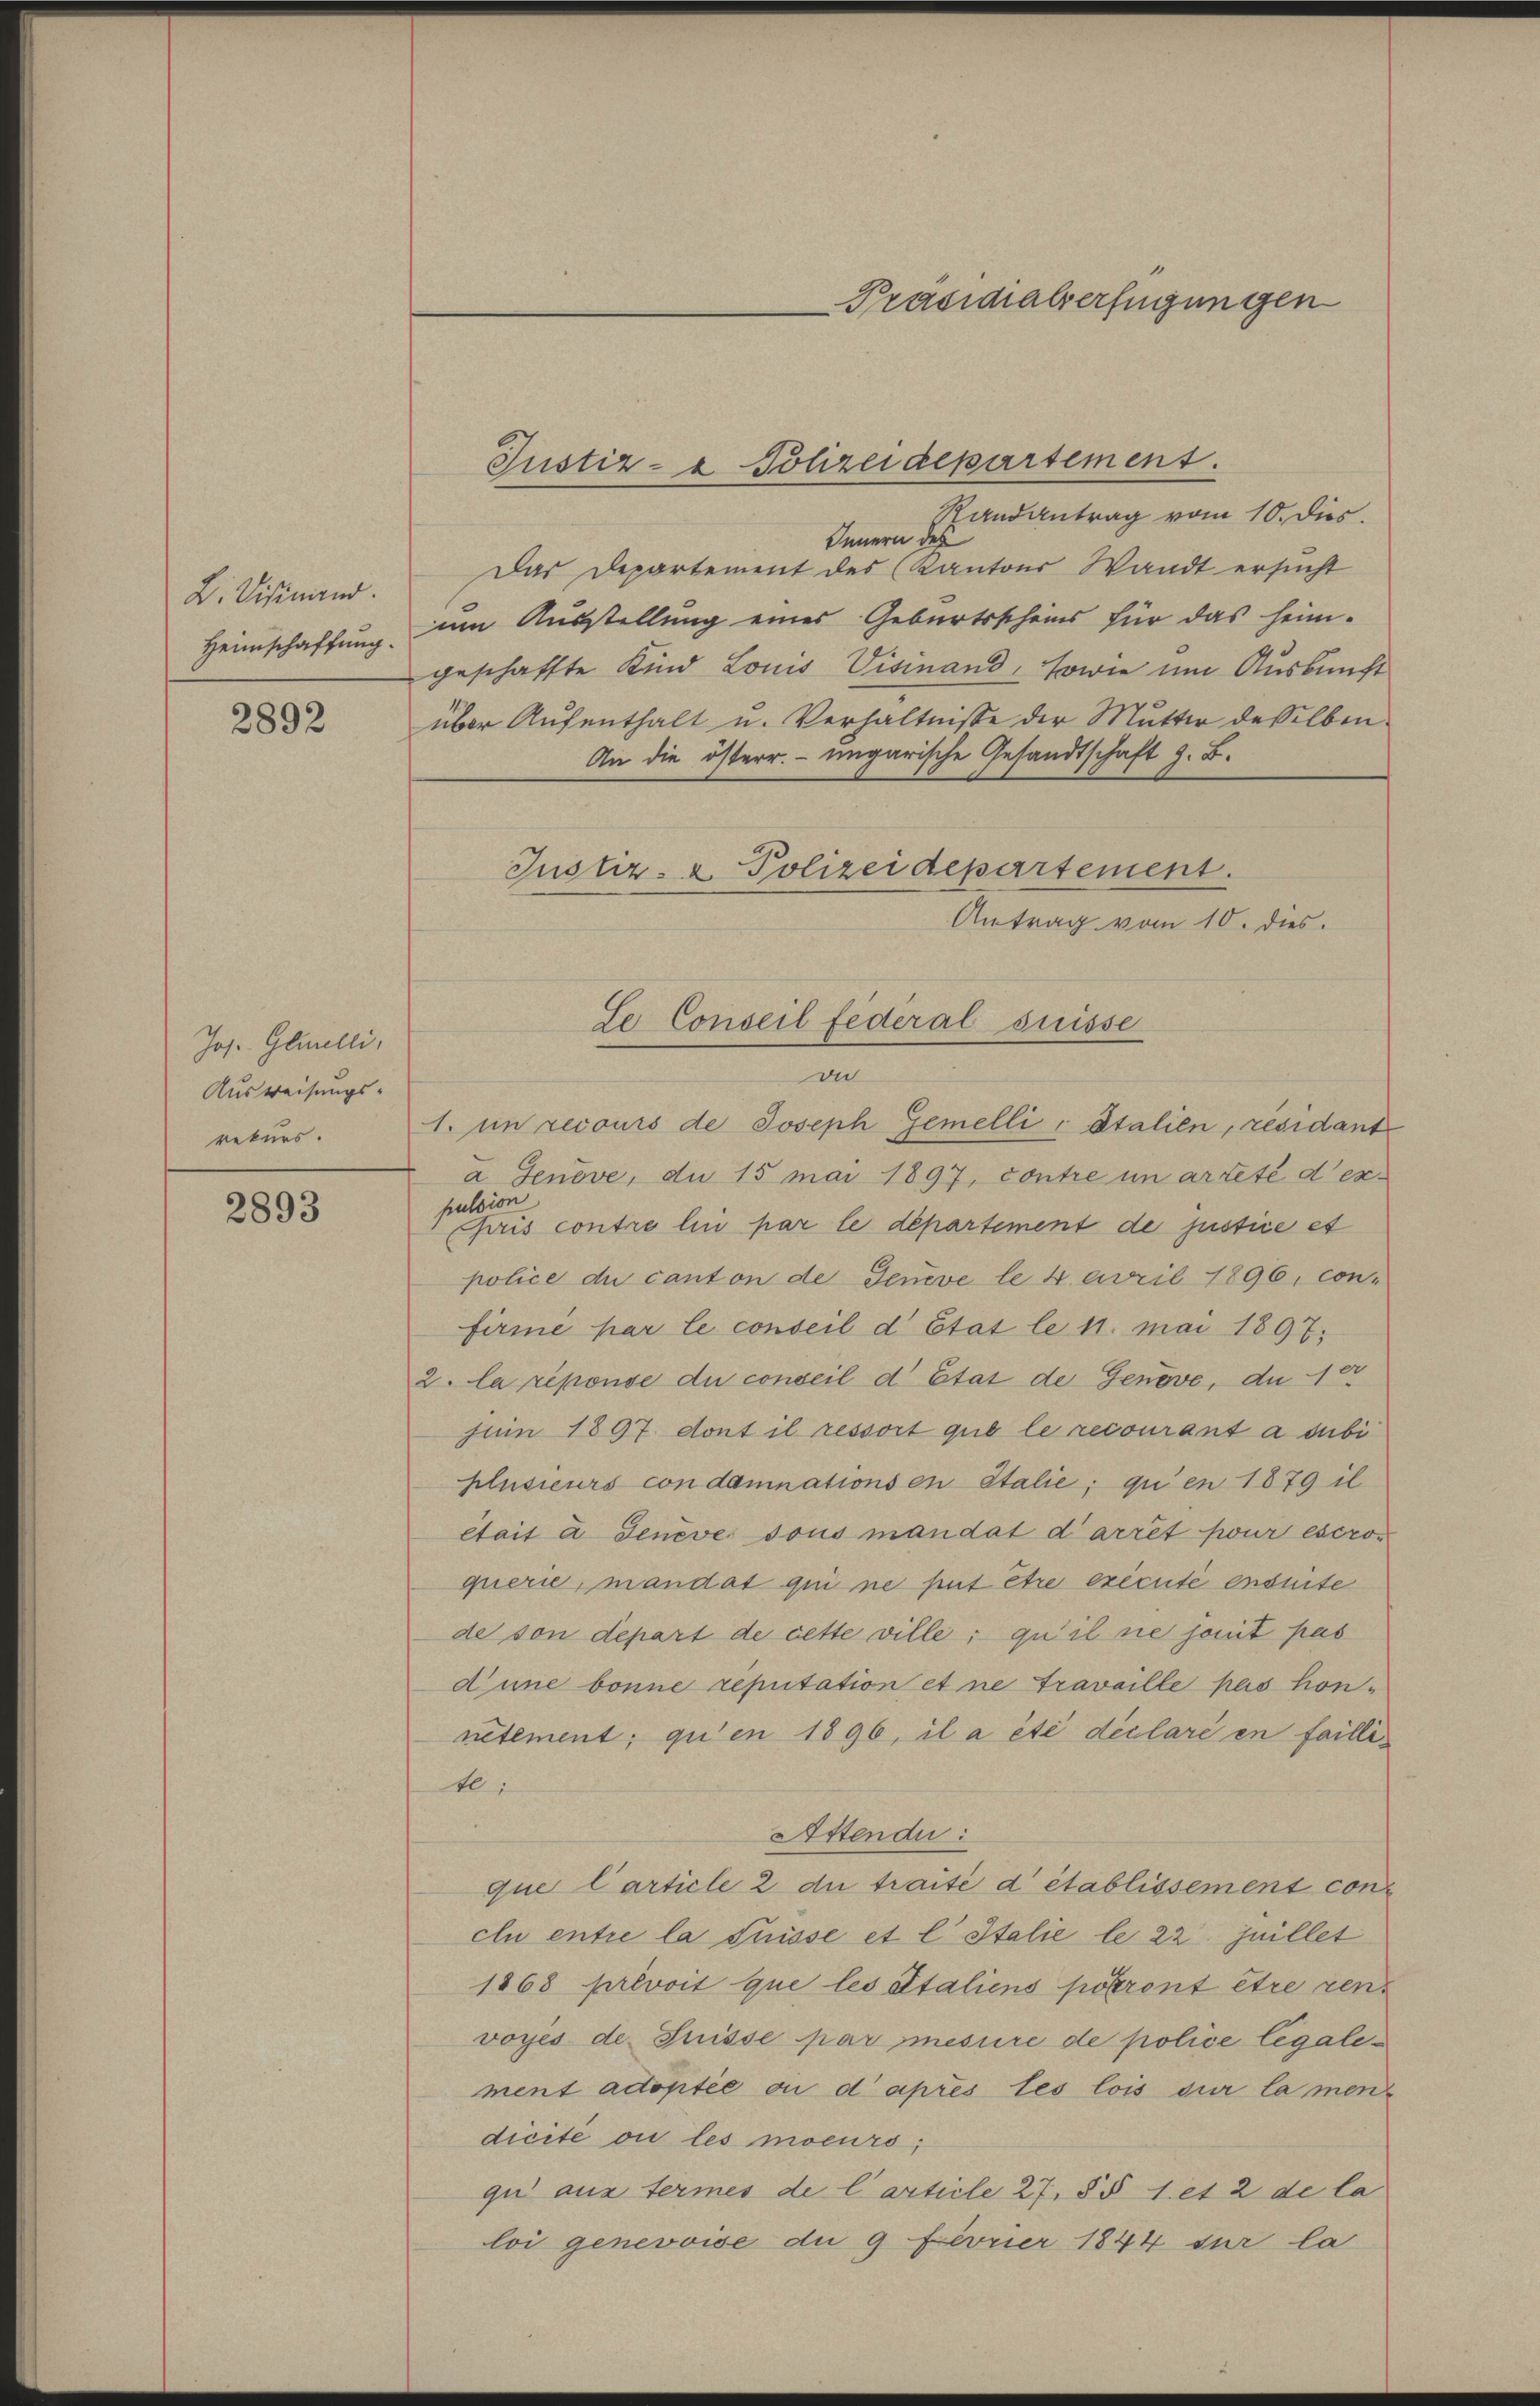
D. Vidimand.
Heimschaffung.

2892

Jos. Gleilli,
Ausweisungs-
rekurs.

2893

Präsidialverfügungen

Randantrag vom 10. dies
Innern des
Das Departement des Kantons Waadt ersucht
um Ausstellung eines Geburtsscheins für das heim-
geschaffte Kind Louis Visinand, sowie um Auskunft
über Aufenthalt u. Verhältnisse der Mutter desselben
An die österr. ungarische Gesandtschaft z. B.
Justiz- & Polizeidepartement.
Antrag vom 10. dies.
du
1. in recours de Joseph Gemelli, Stalien, residant
a Jeneve, du 15 mai 1897, contre in arteté d’expulsion
puis contre le par le departement de justice es
police du canton de Jeneve le 4. April 1896, con-
firme par le conseil d’Etat le 11. Mai 1897.
2. la réponse du conseil d’Etat de Genove, du
Juin 1897. dont il ressort que le recourant a subi
plusieurs condamnations en Italie, qu’en 1879 il
était à Jeneve sous mandat d’arrêt pour eseron
querie, mandat qui ne peut être execute ensuite
de son depart de cette ville, qu’il ne soit pas
d’une bonne reputation et ne travaille pas honnetement, qu’en 1896, il a été déclare en failli¬
4.
Attende:
que Carticle 2 du traité d’établissement conclu entre la Suisse et l Italie le 22 Juillet
1868 privoit que les attaliens potront être renvoyes de Suisse par mesure de police légalement actoptée ou d’après les lois sur la men
dicité ou les moeurs,
qui aus termes de l’article 27, §§ 1 et 2 de la
loi genevoise du 9 Fevrier 1844 sur la

Justiz- & Polizeidepartement.

Se-Conseil Federal suisse